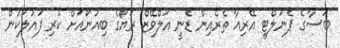
ބަސާގެ ޕެނަލްޓީ އޭރިއާ ތެރެއިން ޑެނީ އަލްވޭޒް ރަޔޯގެ ބިއުނޯއަށް ކުރި ފައުލަކުން